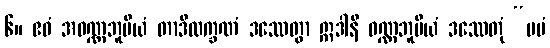
၆။ ဧဝံ အဝဏ္ဏဘူမိယံ တာဒိလက္ခဏံ ဒဿေတွာ ဣဒါနိ ဝဏ္ဏဘူမိယံ ဒဿေတုံ “မမံ